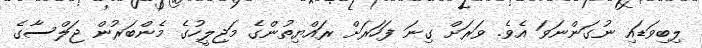
ލިބިވަޑައި ނުގަންނަވަ އެވެ. ވަރަށް ގިނަ ފަހަރަށް ރައްޔިތުންގެ މަޖިލީހުގެ މެންބަރުން ޖަލްސާގެ